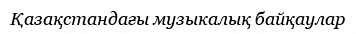
Қазақстандағы музыкалық байқаулар